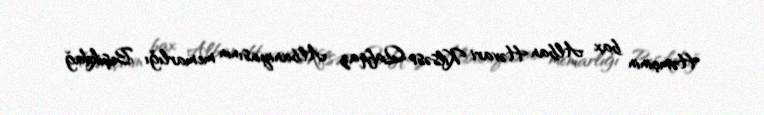
Həmçinin bax Alban Həvari Kilsəsi Qafqaz Albaniyasının memarlığı Beşikdağ